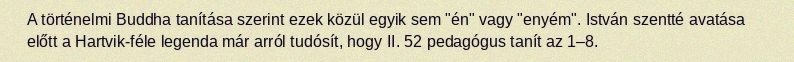
A történelmi Buddha tanítása szerint ezek közül egyik sem "én" vagy "enyém". István szentté avatása előtt a Hartvik-féle legenda már arról tudósít, hogy II. 52 pedagógus tanít az 1–8.